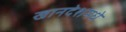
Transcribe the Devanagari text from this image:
खानदेशमधे